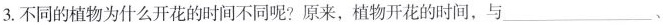
3. 不同的植物为什么开花的时间不同呢? 原来，植物开花的时间，与___、